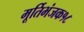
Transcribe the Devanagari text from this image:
मूर्तिभंजक१८